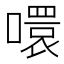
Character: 噮